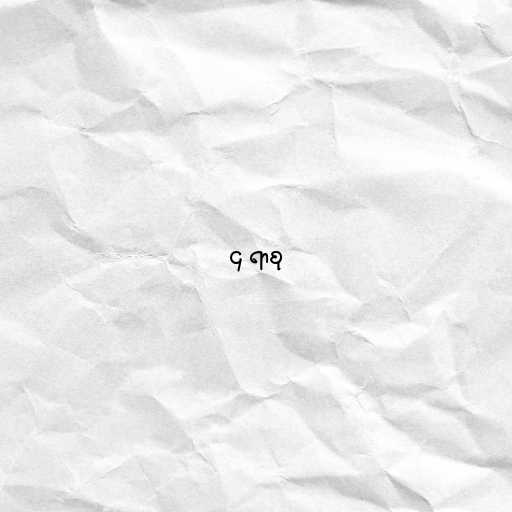
၄ ရာစု